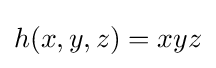
h(x,y,z)=xyz